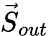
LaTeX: \vec{S}_{out}